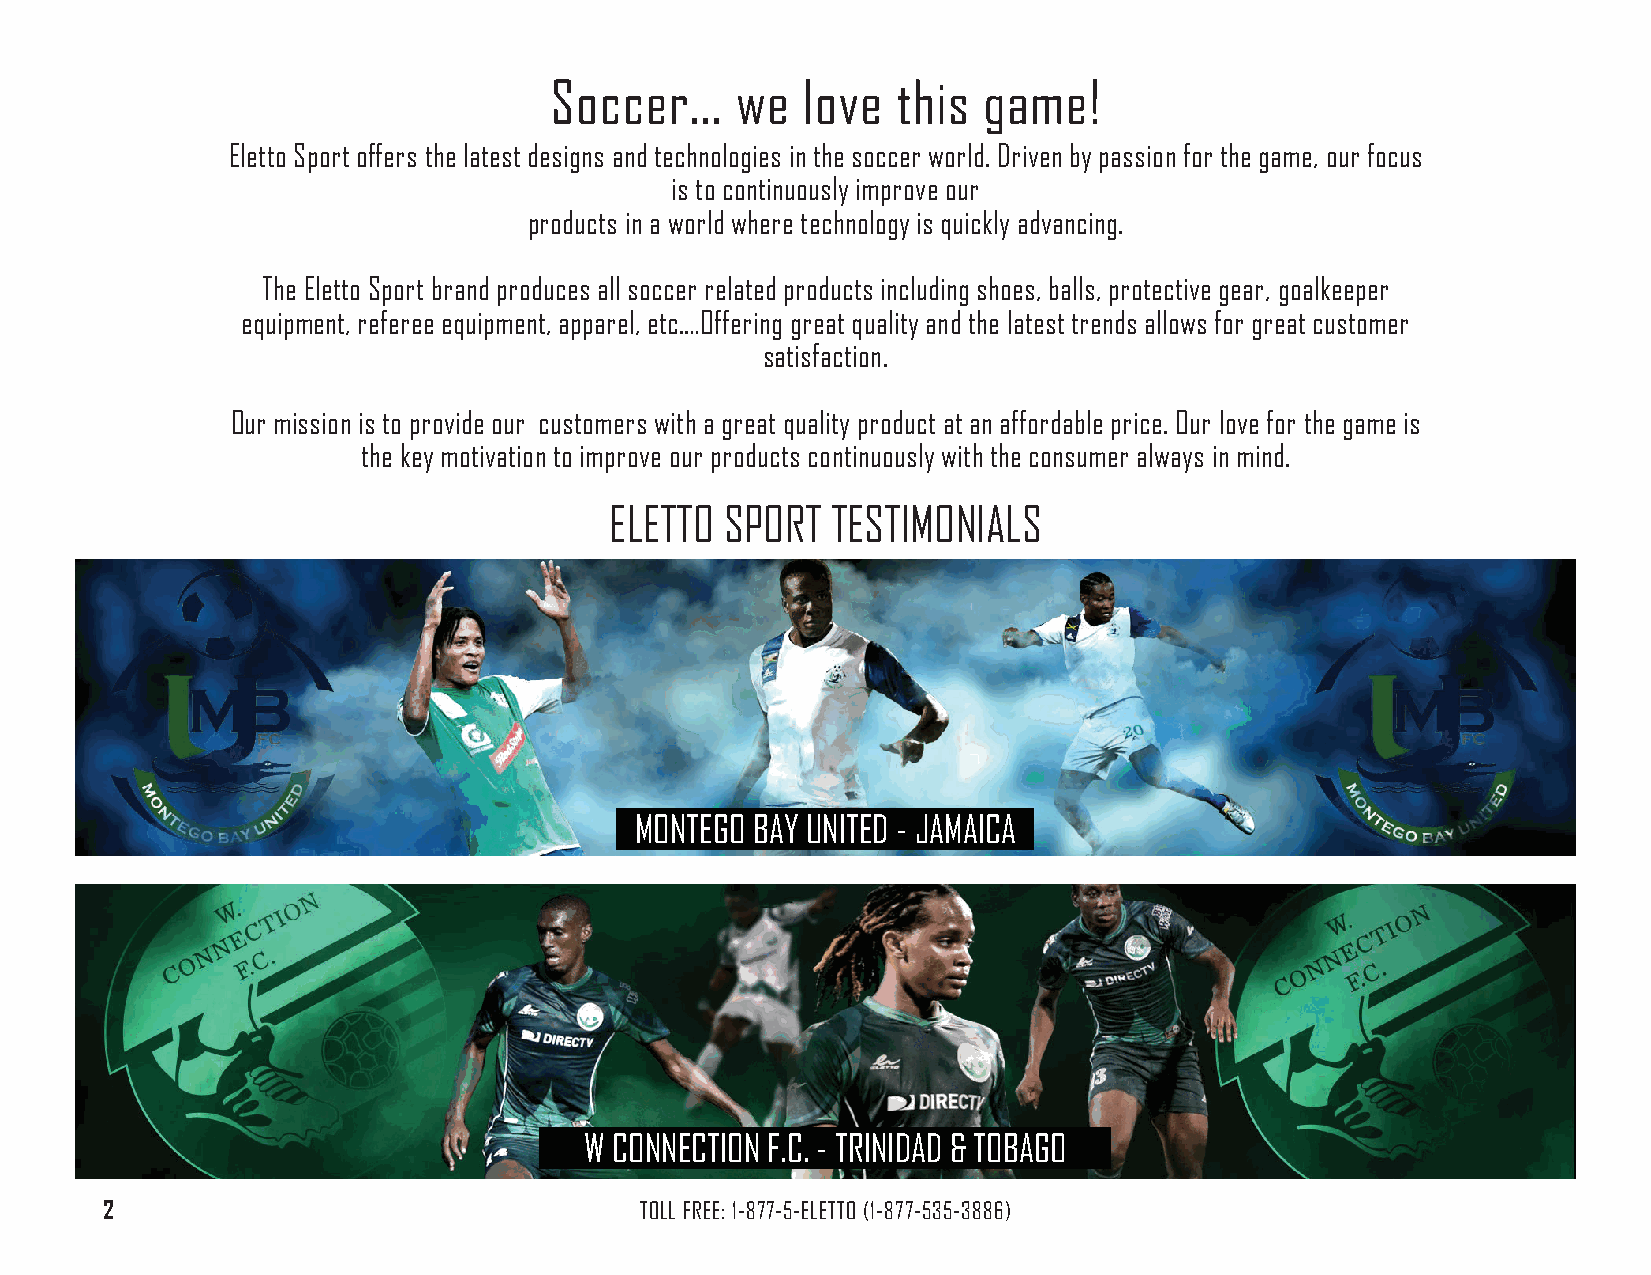
Soccer...    we  love  this  game!
 Eletto Sport offers the latest designs and technologies in the soccer world. Driven by passion for the game, our focus
 is to continuously improve our
 products in a world where technology is quickly advancing.
 The Eletto Sport brand produces all soccer related products including shoes, balls, protective gear, goalkeeper
 equipment, referee equipment, apparel, etc.…Offering great quality and the latest trends allows for great customer
 satisfaction.
 Our mission is to provide our customers with a great quality product at an affordable price. Our love for the game is
 the key motivation to improve our products continuously with the consumer always in mind.
 ELETTO  SpORT  TESTimOniaLS
 mOnTEGO BaY UniTED - JamaiCa
 W COnnECTiOn F.C. - TRiniDaD & TOBaGO
 2                                  TOLL FREE: 1-877-5-ELETTO (1-877-535-3886)